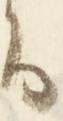
る